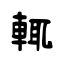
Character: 輒